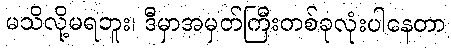
မသိလို့မရဘူး၊ ဒီမှာအမှတ်ကြီးတစ်ခုလုံးပါနေတာ